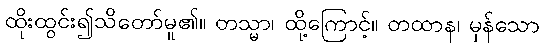
ထိုးထွင်း၍သိတော်မူ၏။ တသ္မာ၊ ထို့ကြောင့်။ တထာန၊ မှန်သော